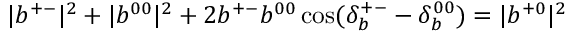
| b ^ { + - } | ^ { 2 } + | b ^ { 0 0 } | ^ { 2 } + 2 b ^ { + - } b ^ { 0 0 } \cos ( \delta _ { b } ^ { + - } - \delta _ { b } ^ { 0 0 } ) = | b ^ { + 0 } | ^ { 2 }